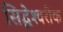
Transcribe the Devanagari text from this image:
सिद्धेश्‍वरीक